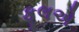
ફૂલએ